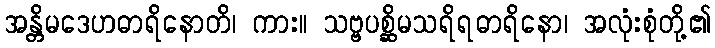
အန္တိမဒေဟဓာရိနောတိ၊ ကား။ သဗ္ဗပစ္ဆိမသရိရဓာရိနော၊ အလုံးစုံတို့၏